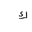
Letter: _kaf